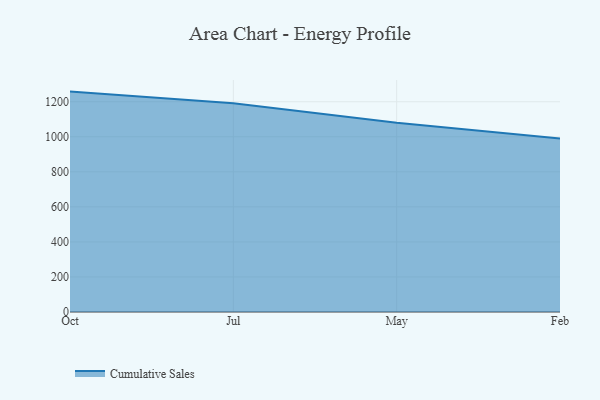
{"axis": {"x": "Month", "y": "Website Visitors"}, "legend": ["Cumulative Sales"], "data": [{"x": "Oct", "y": 1257.8, "type": "Cumulative Sales"}, {"x": "Jul", "y": 1191.5, "type": "Cumulative Sales"}, {"x": "May", "y": 1080.0, "type": "Cumulative Sales"}, {"x": "Feb", "y": 990.2, "type": "Cumulative Sales"}]}